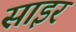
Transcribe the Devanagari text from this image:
साइर